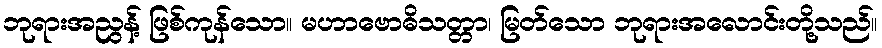
ဘုရားအညွန့် ဖြစ်ကုန်သော။ မဟာဗောဓိသတ္တာ၊ မြတ်သော ဘုရားအလောင်းတို့သည်။